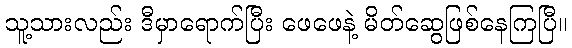
သူ့သားလည်း ဒီမှာရောက်ပြီး ဖေဖေနဲ့ မိတ်ဆွေဖြစ်နေကြပြီ။